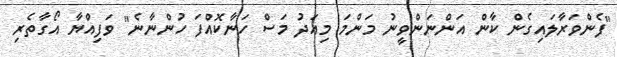
"ފެންވަރާލައިގެން ކާން އަންނަންވީނު މަންމަ މިއަދު މަސް ހަނާކޮއްފަ ހުންނާނެ" ވަފިއްޔާ އޯގާތެރި